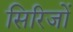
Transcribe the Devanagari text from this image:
सिरिजों